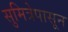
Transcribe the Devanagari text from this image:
सुमित्रेपासून